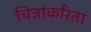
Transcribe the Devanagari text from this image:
चित्रांकरिता